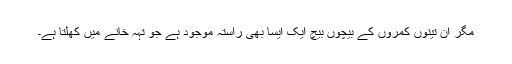
مگر ان تینوں کمروں کے بیچوں بیچ ایک ایسا بھی راستہ موجود ہے جو تہہ خانے میں کھلتا ہے۔